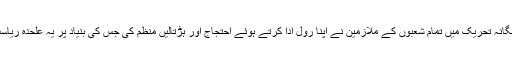
انہوں نے کہا کہ تلنگانہ تحریک میں تمام شعبوں کے ملازمین نے اپنا رول ادا کرتے ہوئے احتجاج اور ہڑتالیں منظم کی جس کی بنیاد پر یہ علحدہ ریاست حاصل ہوئی ہے۔